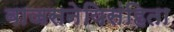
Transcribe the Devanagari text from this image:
वाजसनेयिसंहिता